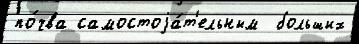
по́чва самостоjа́т'ельным  больших